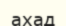
ахад